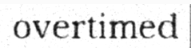
overtimed